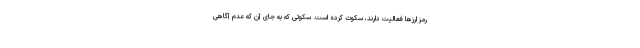
رمز ارزها فعالیت دارند، سکوت کرده است. سکوتی که به جای آن که عدم آگاهی